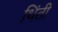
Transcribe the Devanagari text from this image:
थिंती